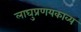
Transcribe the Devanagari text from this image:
लाघुप्रणयकाव्य